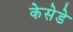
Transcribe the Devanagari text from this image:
केसेडे